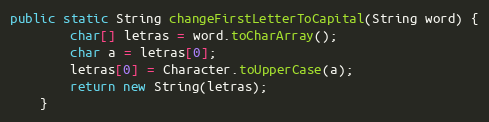
Language: Java
public static String changeFirstLetterToCapital(String word) {
        char[] letras = word.toCharArray();
        char a = letras[0];
        letras[0] = Character.toUpperCase(a);
        return new String(letras);
    }